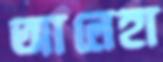
আলেহা